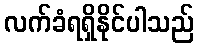
လက်ခံရရှိနိုင်ပါသည်